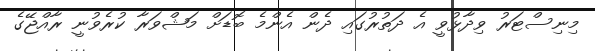
މިނިސްޓަރު ވިދާޅުވީ އެ ދަތުރުގައި ދެން އެންމެ ބޮޑަށް މަޝްވަރާ ކުރެވުނީ ރާއްޖޭގެ